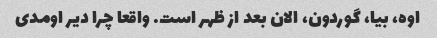
اوه، بیا، گوردون، الان بعد از ظهر است. واقعا چرا دیر اومدی